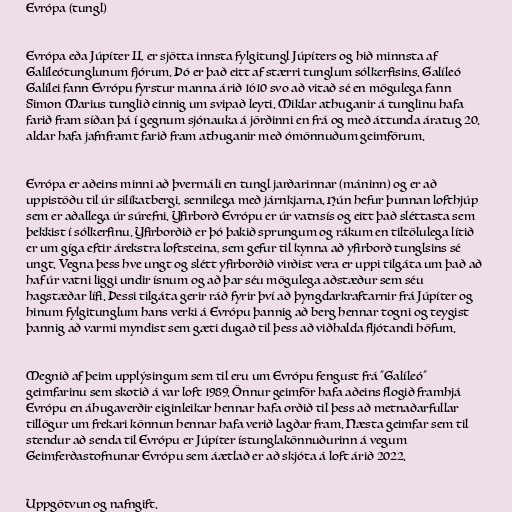
Evrópa (tungl)

Evrópa eða Júpíter II, er sjötta innsta fylgitungl Júpíters og hið minnsta af
Galíleótunglunum fjórum. Þó er það eitt af stærri tunglum sólkerfisins. Galíleó
Galílei fann Evrópu fyrstur manna árið 1610 svo að vitað sé en mögulega fann
Simon Marius tunglið einnig um svipað leyti. Miklar athuganir á tunglinu hafa
farið fram síðan þá í gegnum sjónauka á jörðinni en frá og með áttunda áratug 20.
aldar hafa jafnframt farið fram athuganir með ómönnuðum geimförum.

Evrópa er aðeins minni að þvermáli en tungl jarðarinnar (máninn) og er að
uppistöðu til úr silíkatbergi, sennilega með járnkjarna. Hún hefur þunnan lofthjúp
sem er aðallega úr súrefni. Yfirborð Evrópu er úr vatnsís og eitt það sléttasta sem
þekkist í sólkerfinu. Yfirborðið er þó þakið sprungum og rákum en tiltölulega lítið
er um gíga eftir árekstra loftsteina, sem gefur til kynna að yfirborð tunglsins sé
ungt. Vegna þess hve ungt og slétt yfirborðið virðist vera er uppi tilgáta um það að
haf úr vatni liggi undir ísnum og að þar séu mögulega aðstæður sem séu
hagstæðar lífi. Þessi tilgáta gerir ráð fyrir því að þyngdarkraftarnir frá Júpíter og
hinum fylgitunglum hans verki á Evrópu þannig að berg hennar togni og teygist
þannig að varmi myndist sem gæti dugað til þess að viðhalda fljótandi höfum.

Megnið af þeim upplýsingum sem til eru um Evrópu fengust frá "Galíleó"
geimfarinu sem skotið á var loft 1989. Önnur geimför hafa aðeins flogið framhjá
Evrópu en áhugaverðir eiginleikar hennar hafa orðið til þess að metnaðarfullar
tillögur um frekari könnun hennar hafa verið lagðar fram. Næsta geimfar sem til
stendur að senda til Evrópu er Júpíter ístunglakönnuðurinn á vegum
Geimferðastofnunar Evrópu sem áætlað er að skjóta á loft árið 2022.

Uppgötvun og nafngift.